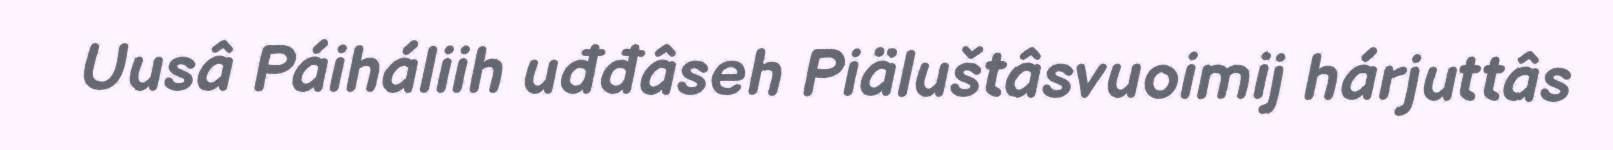
Uusâ Páiháliih uđđâseh Piäluštâsvuoimij hárjuttâs